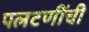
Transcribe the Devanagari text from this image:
पलटणींची